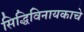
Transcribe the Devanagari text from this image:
सिद्धिविनायकाचे